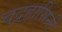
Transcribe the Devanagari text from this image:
चद्रहासिनी